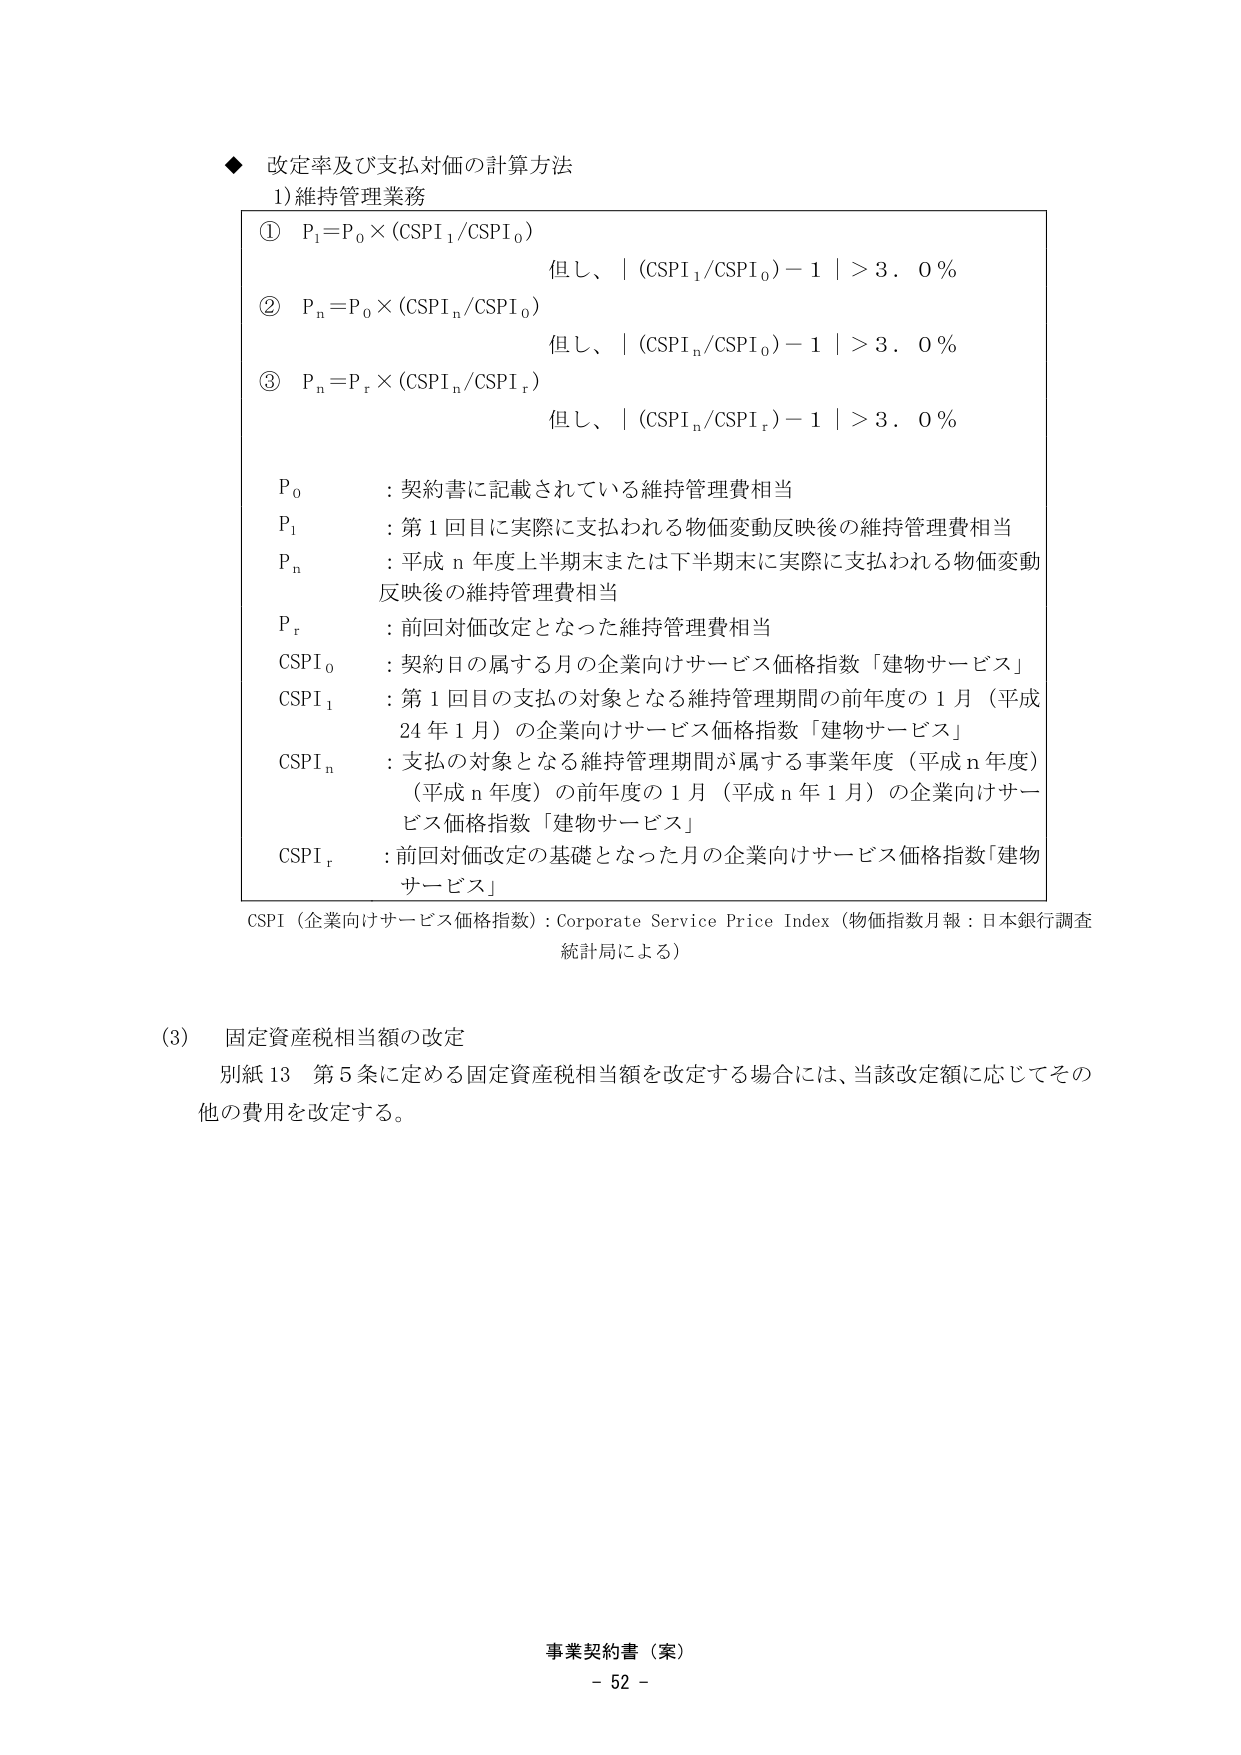
◆ 改定率及び支払対価の計算方法
1) 維持管理業務

① P₁ = P₀ × (CSPI₁ / CSPI₀)
　　但し、| (CSPI₁ / CSPI₀) - 1 | > 3.0％

② Pₙ = P₀ × (CSPIₙ / CSPI₀)
　　但し、| (CSPIₙ / CSPI₀) - 1 | > 3.0％

③ Pₙ = Pᵣ × (CSPIₙ / CSPIᵣ)
　　但し、| (CSPIₙ / CSPIᵣ) - 1 | > 3.0％

P₀ : 契約書に記載されている維持管理費相当
P₁ : 第1回目に実際に支払われる物価変動反映後の維持管理費相当
Pₙ : 平成n年度上半期末または下半期末に実際に支払われる物価変動反映後の維持管理費相当
Pᵣ : 前回対価改定となった維持管理費相当
CSPI₀ : 契約日の属する月の企業向けサービス価格指数「建物サービス」
CSPI₁ : 第1回目の支払の対象となる維持管理期間の前年度の1月（平成24年1月）の企業向けサービス価格指数「建物サービス」
CSPIₙ : 支払の対象となる維持管理期間が属する事業年度（平成n年度）（平成n年度）の前年度の1月（平成n年1月）の企業向けサービス価格指数「建物サービス」
CSPIᵣ : 前回対価改定の基礎となった月の企業向けサービス価格指数「建物サービス」

CSPI（企業向けサービス価格指数）: Corporate Service Price Index（物価指数月報：日本銀行調査統計局による）

(3) 固定資産税相当額の改定
　　別紙13 第5条に定める固定資産税相当額を改定する場合には、当該改定額に応じてその他の費用を改定する。

事業契約書（案）
- 52 -